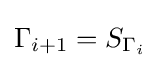
\Gamma _{i+1}=S_{\Gamma _{i}}